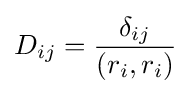
D_{ij}={\delta _{ij} \over (r_{i},r_{i})}